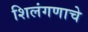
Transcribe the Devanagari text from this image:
शिलंगणाचे